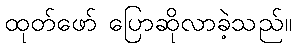
ထုတ်ဖော် ပြောဆိုလာခဲ့သည်။